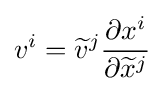
v^{i}={\widetilde {v}}^{j}{\frac {\partial x^{i}}{\partial {\widetilde {x}}^{j}}}